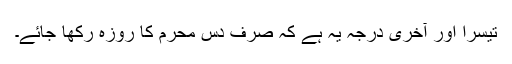
تیسرا اور آخری درجہ یہ ہے کہ صرف دس محرم کا روزہ رکھا جائے۔